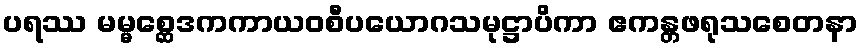
ပရဿ မမ္မစ္ဆေဒကကာယဝစီပယောဂသမုဋ္ဌာပိကာ ဧကန္တဖရုသစေတနာ